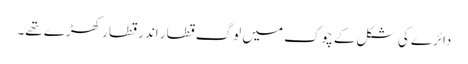
دائرے کی شکل کے چوک میں لوگ قطار اندر قطار کھڑے تھے۔